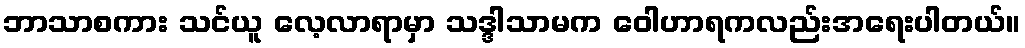
ဘာသာစကား သင်ယူ လေ့လာရာမှာ သဒ္ဒါသာမက ဝေါဟာရကလည်းအရေးပါတယ်။